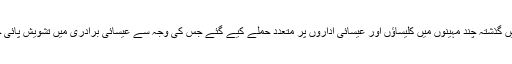
بھارت میں گذشتہ چند مہینوں میں کلیساؤں اور عیسائی اداروں پر متعدد حملے کیے گئے جس کی وجہ سے عیسائی برادری میں تشویش پائی جاتی ہے۔